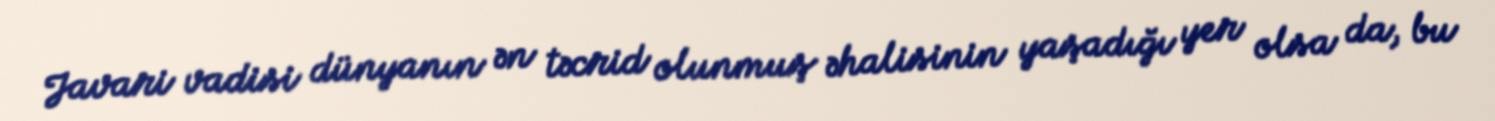
Javari vadisi dünyanın ən təcrid olunmuş əhalisinin yaşadığı yer olsa da, bu